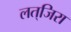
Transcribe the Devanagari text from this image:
लत्‌जिरा